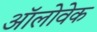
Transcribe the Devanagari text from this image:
ऑलोवेक